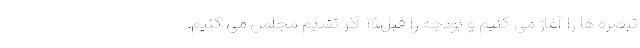
تبصره ها را آغاز می کنیم و بودجه را قبل۱۵ آذر تقدیم مجلس می کنیم.